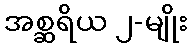
အစ္ဆရိယ ၂-မျိုး